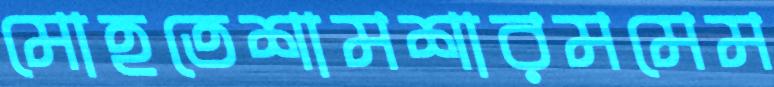
মোহতেশামশারমমেম